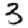
Digit: 3